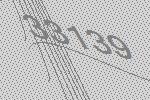
33139